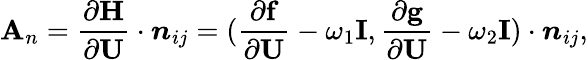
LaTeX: \mathbf{A}_{n}=\frac{\partial\mathbf{H}}{\partial\mathbf{U}}\cdot\boldsymbol{n}_{ij}=(\frac{\partial\mathbf{f}}{\partial\mathbf{U}}-\omega_{1}\mathbf{I},\frac{\partial\mathbf{g}}{\partial\mathbf{U}}-\omega_{2}\mathbf{I})\cdot\boldsymbol{n}_{ij},